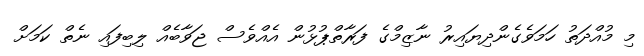
މި މުއްދަތު ހަމަވެގެންދިޔައިރު ނާޒިމްގެ ފަރާތްޕުޅުން އެއްވެސް ޖަވާބެއް ލިބިފައި ނެތް ކަމަށް